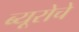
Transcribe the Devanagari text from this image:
ब्यूरोचे